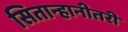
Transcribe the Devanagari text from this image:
सितान्हानीतरी